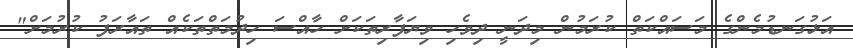
އަޅުގަނޑުމެންގެ މަސައްކަތް ކުރަމުން މިދަނީ ދިވެހި ވިޔަފާރިތަކަށް ހާއްސަ ހިދުމަތްތަކެއް ތައާރަފު ކުރުމަށް"